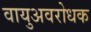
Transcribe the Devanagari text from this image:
वायुअवरोधक